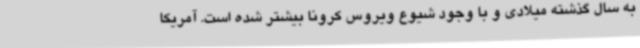
به سال گذشته میلادی و با وجود شیوع ویروس کرونا بیشتر شده است. آمریکا